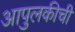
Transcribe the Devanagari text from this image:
आपुलकीची